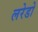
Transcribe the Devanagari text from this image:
लरेडो